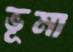
ভূমা